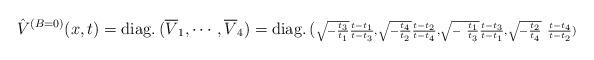
LaTeX: \begin{align*}\hat{V}^{(B=0)}(x,t)={\rm diag.}\,(\overline{V}_{1},\cdots ,\overline{V}_{4})={\rm diag.}\,(\scriptstyle{{\sqrt{-{\frac{t_{3}}{t_{1}}}}{\frac{t-t_{1} }{t-t_{3}}},\sqrt{-{\frac{t_{4}}{t_{2}}}}{\frac{t-t_{2}}{t-t_{4}}},\sqrt{-{\ \frac{t_{1}}{t_{3}}}}{\frac{t-t_{3}}{t-t_{1}}},\sqrt{-{\frac{t_{2}}{t_{4}}}}{\ \frac{t-t_{4}}{t-t_{2}}}}}) \end{align*}